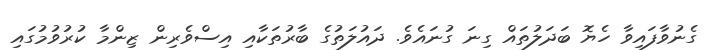
ގެނުވާފައިވާ ހެޔޮ ބަދަލުތައް ގިނަ ގުނައެވެ. ދައުލަތުގެ ބާރުތަކާއި އިސްވެރިން ޒިންމާ ކުރުވުމުގައި